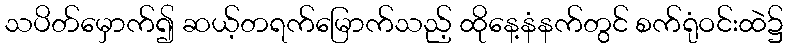
သပိတ်မှောက်၍ ဆယ့်တရက်မြောက်သည့် ထိုနေ့နံနက်တွင် စက်ရုံဝင်းထဲ၌